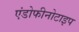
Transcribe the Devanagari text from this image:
एंडोफीनोटाइप